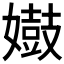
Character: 𫱺